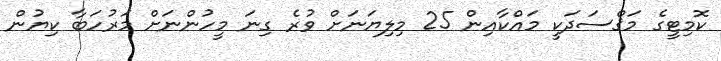
ކޮމިޓީގެ މަޤްސަދަކީ މައްކާއިން 25 މިލިޔަނަށް ވުރެ ގިނަ މީހުންނަށް މަރުހަބާ ކިޔުން